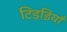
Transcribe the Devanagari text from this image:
टिड़डियाँ